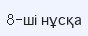
8-ші нұсқа